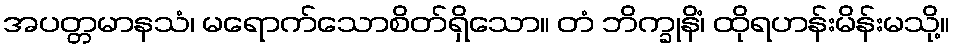
အပတ္တမာနသံ၊ မရောက်သောစိတ်ရှိသော။ တံ ဘိက္ခုနိံ၊ ထိုရဟန်းမိန်းမသို့။